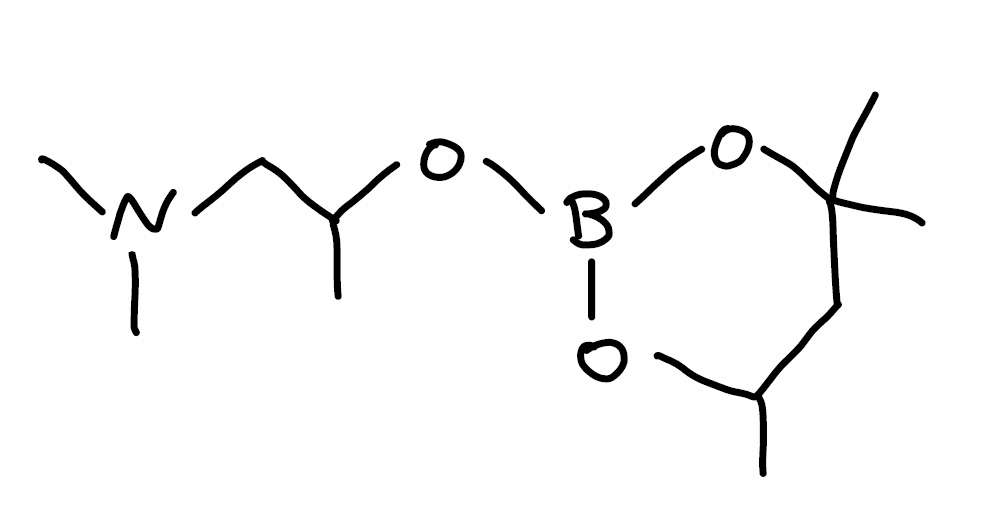
Simplified molecular-input line-entry system (SMILES) notation of the given molecule:
B1(OC(CC(O1)(C)C)C)OC(C)CN(C)C